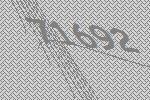
71692